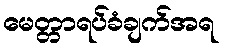
မေတ္တာရပ်ခံချက်အရ